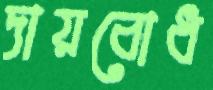
দায়বোধ